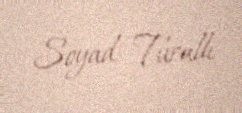
Soyad: Turallı